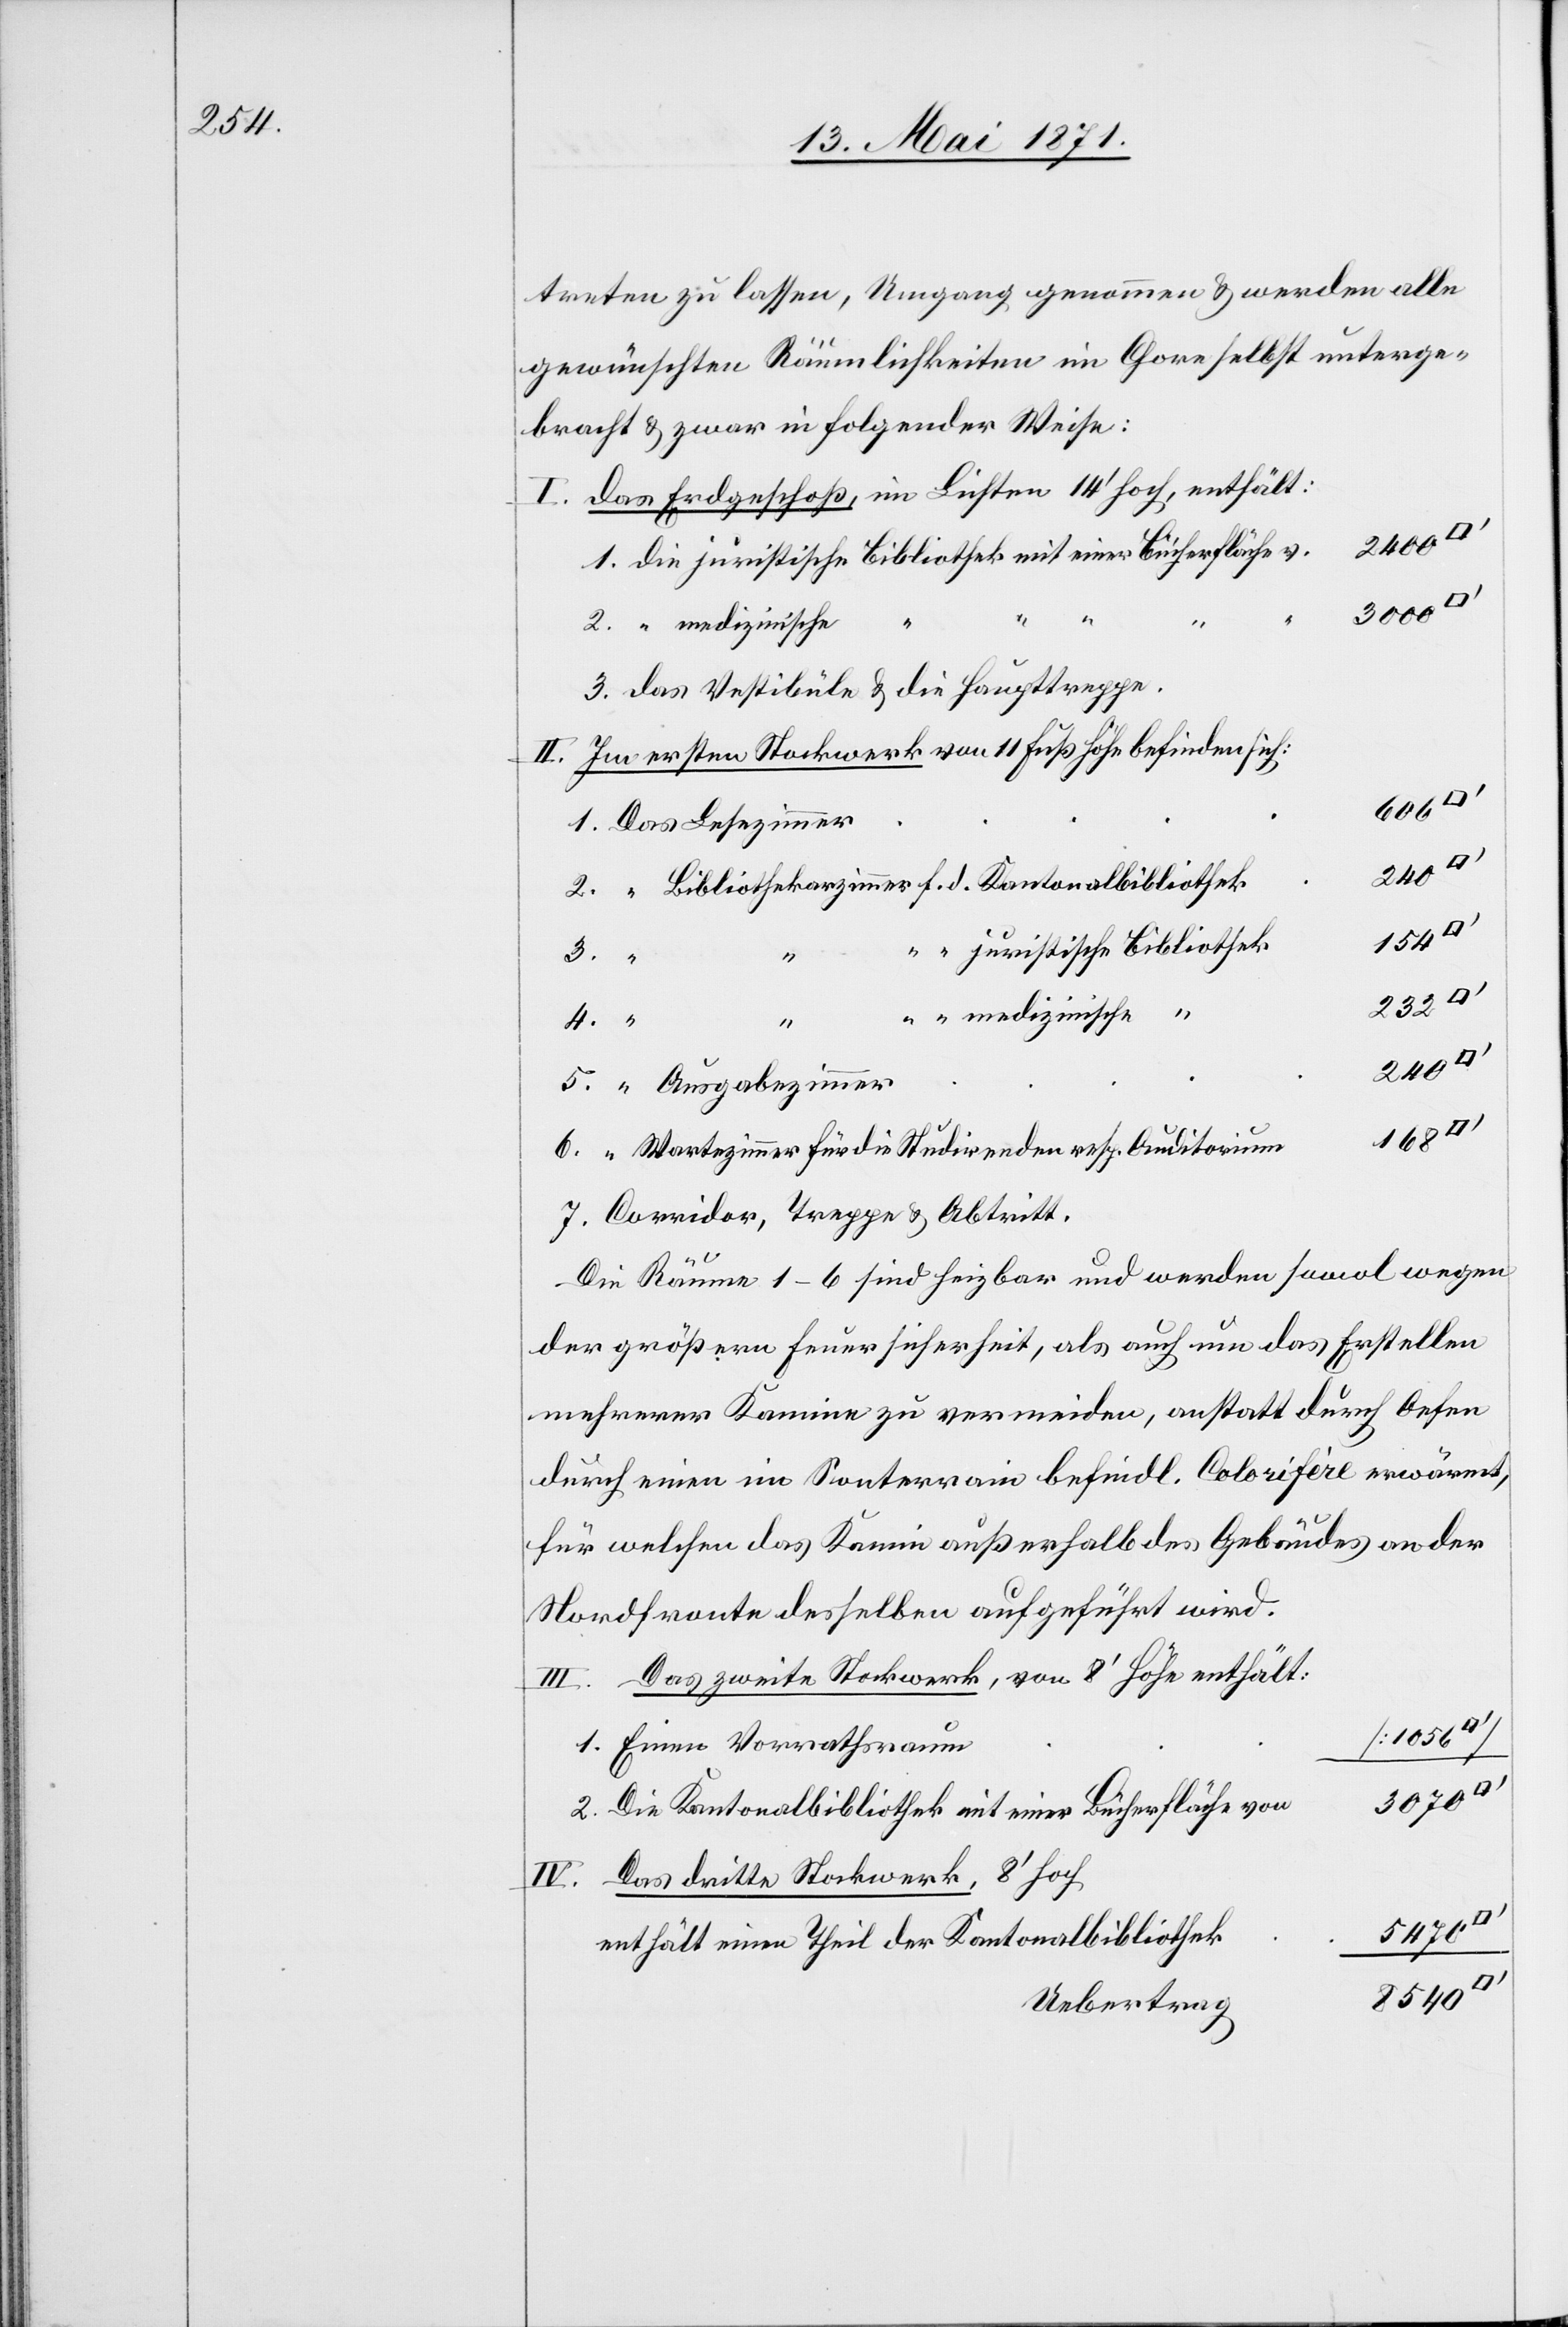
treten zu lassen, Umgang genommen u. werden alle
gewünschten Räumlichkeiten im Chore selbst unterge¬
bracht u. zwar in folgender Weise:
das Erdgeschoß, im Lichten 14’hoch, enthält:
1. die juristische Bibliothek mit einer Bücherfläche v.
2. “ medizinische
3. das Vestibüle u. die Haupttreppe.
Im ersten Stockwerk von 11 Fuß Höhe befinden sich:
[1056
1. Das Lesezimmer
240
2. “ Bibliothekarzimmer f. d. Kantonalbibliothek
154
“ “ juristische Bibliothek
232
IV.
“ “ medizinische
II.
2400
5. “ Ausgabezimmer
6. “ Wartezimmer für die Studirenden resp. Auditorium
7. Corridor, Treppe u. Abtritt.
Die Räume 1–6 sind heizbar und werden sowol wegen
der größern Feuersicherheit, als auch um das Erstellen
mehrerer Kamine zu vermeiden, anstatt durch Oefen
durch einen im Souterrain befindl. Colorifère erwärmt,
für welchen das Kamin außerhalb des Gebäudes an der
Nordfronte desselben aufgeführt wird.
Das zweite Stockwerk, von 8’Höhe enthält:
1. Einen Vorrathsraum
2. Die Kantonalbibliothek mit einer Bücherfläche von
Das dritte Stockwerk, 8’hoch
8540
enthält einen Theil der Kantonalbibliothek
Uebertrag